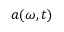
a ( \omega , t )